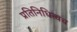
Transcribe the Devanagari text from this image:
प्रतिनिधित्वच